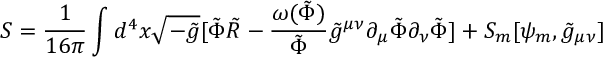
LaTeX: { \cal { S } } = \frac { 1 } { 1 6 \pi } \int d ^ { 4 } x \sqrt { - \tilde { g } } [ \tilde { \Phi } \tilde { R } - \frac { \omega ( \tilde { \Phi } ) } { \tilde { \Phi } } \tilde { g } ^ { \mu \nu } \partial _ { \mu } \tilde { \Phi } \partial _ { \nu } \tilde { \Phi } ] + { \cal { S } } _ { m } [ \psi _ { m } , \tilde { g } _ { \mu \nu } ]